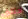
اختلق